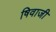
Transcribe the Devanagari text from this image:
षिवाजी